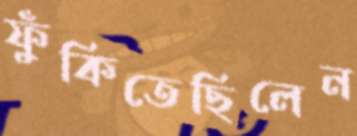
ফুঁকিতেছিলেন